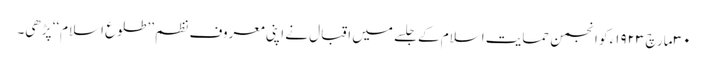
٣٠ مارچ ١٩٢٣ء کو انجمن حمایت اسلام کے جلسے میں اقبال نے اپنی معروف نظم ’’طلوع اسلام‘‘ پڑھی۔